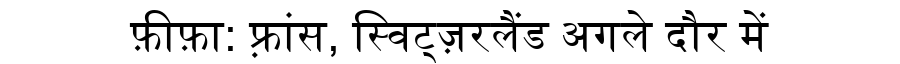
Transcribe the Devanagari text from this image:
फ़ीफ़ा: फ़्रांस, स्विट्ज़रलैंड अगले दौर में